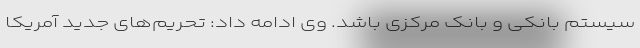
سیستم بانکی و بانک مرکزی باشد. وی ادامه داد: تحریم‌های جدید آمریکا